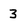
Character: 3